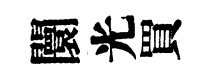
闤光買